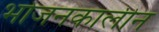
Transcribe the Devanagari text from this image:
भोजनकालीन